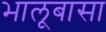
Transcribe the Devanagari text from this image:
भालूबासा